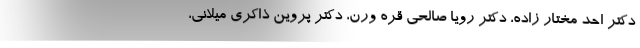
دکتر احد مختار زاده، دکتر رویا صالحی قره ورن، دکتر پروین ذاکری میلانی،